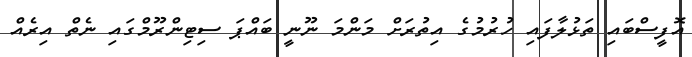
އޮފީސްބައި ތަޅުލާފައި ހުރުމުގެ އިތުރަށް މަންމަ ނޫނީ ބައްޕަ ސިޓިންރޫމްގައި ނެތް އިރެއް